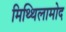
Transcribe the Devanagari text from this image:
मिथ्थिलामोद